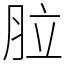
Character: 䏠